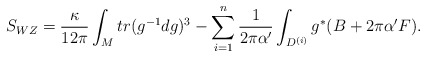
\begin{align*}S_{WZ} = \frac{\kappa}{12\pi}\int_{M} tr(g^{-1}d g)^{3} - \sum_{i=1}^n\frac{1}{2\pi\alpha'}\int_{D^{(i)}}g^* (B + 2 \pi\alpha'F).\end{align*}